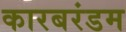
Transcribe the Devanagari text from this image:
कारबरंडम